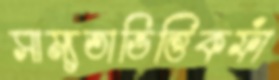
সাম্যতাভিত্তিকফাঁ